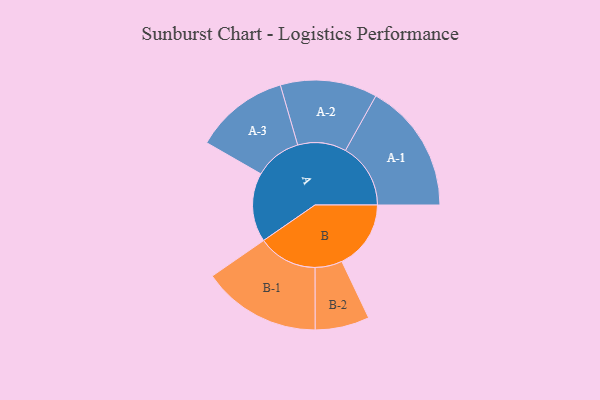
{"axis": {"x": "Segment", "y": "Value"}, "legend": ["", "A", "B"], "data": [{"x": "A", "y": 298, "type": ""}, {"x": "B", "y": 298, "type": ""}, {"x": "A-1", "y": 281, "type": "A"}, {"x": "A-2", "y": 209, "type": "A"}, {"x": "A-3", "y": 203, "type": "A"}, {"x": "B-1", "y": 256, "type": "B"}, {"x": "B-2", "y": 117, "type": "B"}]}